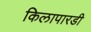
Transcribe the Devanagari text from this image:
किलापारडी